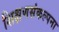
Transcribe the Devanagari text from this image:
शिक्षणसंकल्पना